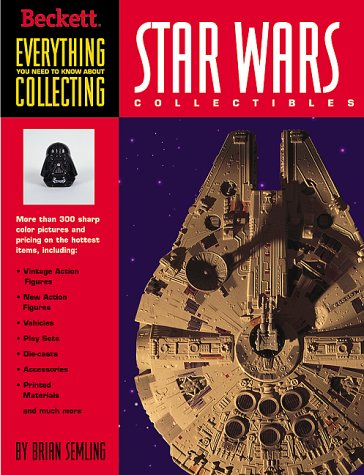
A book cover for Everything You Need to Know About Star Wars Collectibles; Brian Semling; Crafts, Hobbies & Home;